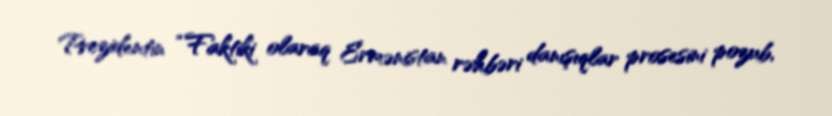
Prezidentin “Faktiki olaraq Ermənistan rəhbəri danışıqlar prosesini pozub,